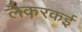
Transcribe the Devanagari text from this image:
लेकरकई